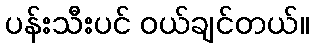
ပန်းသီးပင် ဝယ်ချင်တယ်။